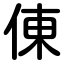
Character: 倲